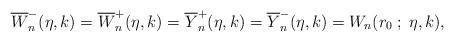
LaTeX: \begin{align*} \overline{W}_n^-(\eta,k) = \overline{W}_n^+(\eta,k)= \overline{Y}_n^+ (\eta,k)= \overline{Y}_n^-(\eta,k)=W_n(r_0\; ;\; \eta,k), \end{align*}